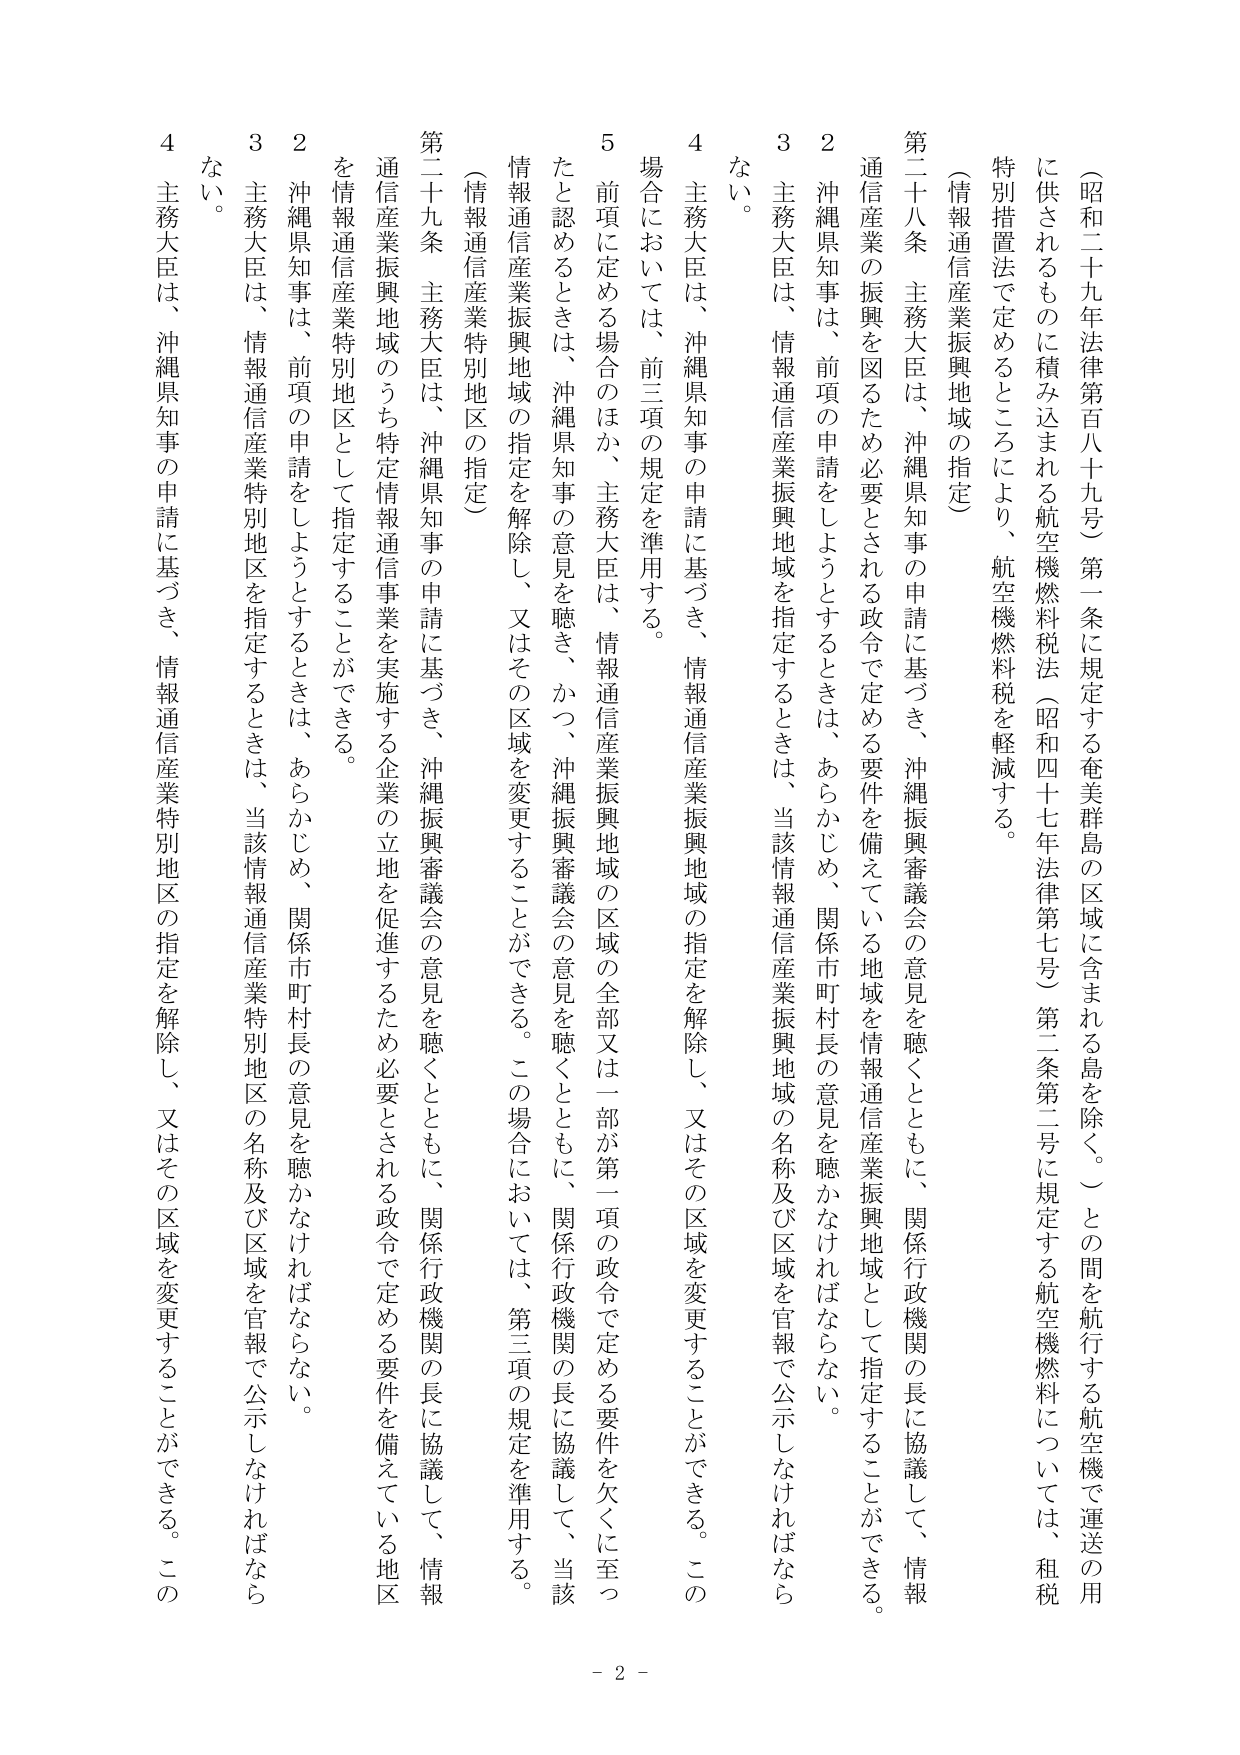
（昭和二十九年法律第百八十九号）第一条に規定する奄美群島の区域に含まれる島を除く。）との間を航行する航空機で運送の用に供されるものに積み込まれる航空機燃料税法（昭和四十七年法律第七号）第二条第二号に規定する航空機燃料については、租税特別措置法で定めるところにより、航空機燃料税を軽減する。

（情報通信産業振興地域の指定）

第二十八条 主務大臣は、沖縄県知事の申請に基づき、沖縄振興審議会の意見を聴くとともに、関係行政機関の長に協議して、情報通信産業の振興を図るため必要とされる政令で定める要件を備えている地域を情報通信産業振興地域として指定することができる。

２ 沖縄県知事は、前項の申請をしようとするときは、あらかじめ、関係市町村長の意見を聴かなければならない。

３ 主務大臣は、情報通信産業振興地域を指定するときは、当該情報通信産業振興地域の名称及び区域を官報で公示しなければならない。

４ 主務大臣は、沖縄県知事の申請に基づき、情報通信産業振興地域の指定を解除し、又はその区域を変更することができる。この場合においては、前三項の規定を準用する。

５ 前項に定める場合のほか、主務大臣は、情報通信産業振興地域の区域の全部又は一部が第一項の政令で定める要件を欠くに至ったと認めるときは、沖縄県知事の意見を聴き、かつ、沖縄振興審議会の意見を聴くとともに、関係行政機関の長に協議して、当該情報通信産業振興地域の指定を解除し、又はその区域を変更することができる。この場合においては、第三項の規定を準用する。

（情報通信産業特別地区の指定）

第二十九条 主務大臣は、沖縄県知事の申請に基づき、沖縄振興審議会の意見を聴くとともに、関係行政機関の長に協議して、情報通信産業振興地域のうち特定情報通信事業を実施する企業の立地を促進するため必要とされる政令で定める要件を備えている地区を情報通信産業特別地区として指定することができる。

２ 沖縄県知事は、前項の申請をしようとするときは、あらかじめ、関係市町村長の意見を聴かなければならない。

３ 主務大臣は、情報通信産業特別地区を指定するときは、当該情報通信産業特別地区の名称及び区域を官報で公示しなければならない。

４ 主務大臣は、沖縄県知事の申請に基づき、情報通信産業特別地区の指定を解除し、又はその区域を変更することができる。この